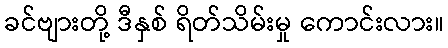
ခင်ဗျားတို့ ဒီနှစ် ရိတ်သိမ်းမှု ကောင်းလား။